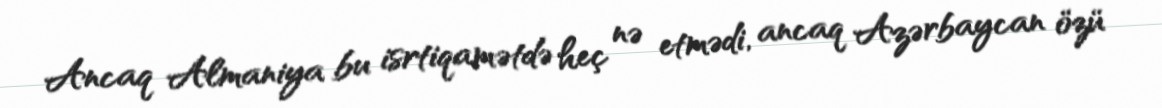
Ancaq Almaniya bu isrtiqamətdə heç nə etmədi, ancaq Azərbaycan özü